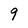
Character: 9